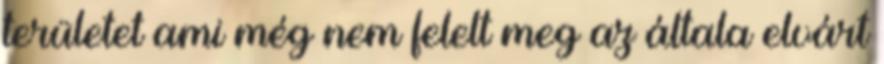
területet ami még nem felelt meg az általa elvárt